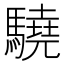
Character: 驍